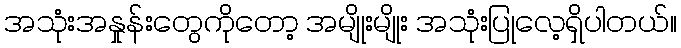
အသုံးအနှုန်းတွေကိုတော့ အမျိုးမျိုး အသုံးပြုလေ့ရှိပါတယ်။